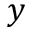
y